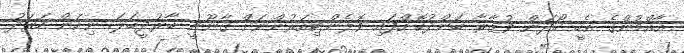
އާއްމުންގެ އެހީ ހޯދަން ވުޒާރާ ބަންދުކޮށްފައި ވޮލެންޓިއަރުންނަށް ޤާނޫނީ ބާރުދީބަލަ. ނިކަން ހަރަދު